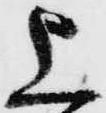
上